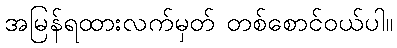
အမြန်ရထားလက်မှတ် တစ်စောင်ဝယ်ပါ။